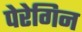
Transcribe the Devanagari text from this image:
पेरेगिन